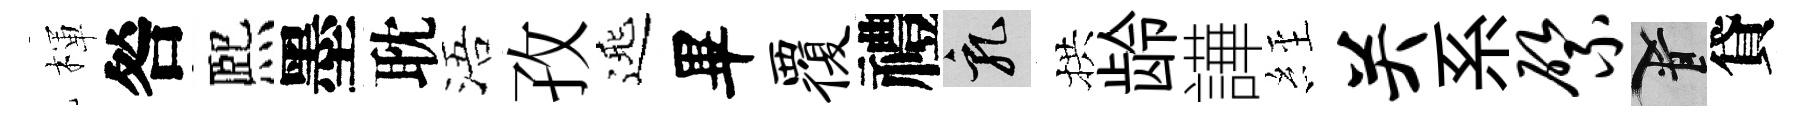
楎咎熈墨耽浯孜𨓱畢覆禮乳拱龄譁𦀇关系綮柳貸